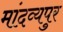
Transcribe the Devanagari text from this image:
मांदव्यपुर